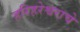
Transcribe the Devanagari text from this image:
हरिहरेश्वराचे